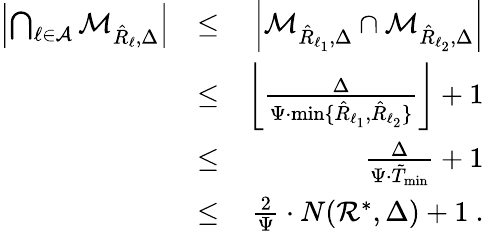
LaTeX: \begin{array}{rlr}{\left|\bigcap_{\ell\in{\cal A}}{\cal M}_{\hat{R}_{\ell},\Delta}\right|}&{\leq}&{\left|{\cal M}_{\hat{R}_{\ell_{1}},\Delta}\cap{\cal M}_{\hat{R}_{\ell_{2}},\Delta}\right|}\\ &{\leq}&{\left\lfloor\frac{\Delta}{\Psi\cdot\operatorname*{min}\{ \hat{R}_{\ell_{1}},\hat{R}_{\ell_{2}}\} }\right\rfloor+1}\\ &{\leq}&{\frac{\Delta}{\Psi\cdot\tilde{T}_{\operatorname*{min}}}+1}\\ &{\leq}&{\frac{2}{\Psi}\cdot N({\cal R}^{*},\Delta)+1\ .}\end{array}